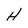
Character: H